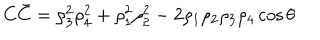
C \bar { C } = \rho _ { 3 } ^ { 2 } \rho _ { 4 } ^ { 2 } + \rho _ { 1 } ^ { 2 } \rho _ { 2 } ^ { 2 } - 2 \rho _ { 1 } \rho _ { 2 } \rho _ { 3 } \rho _ { 4 } \cos { \theta }